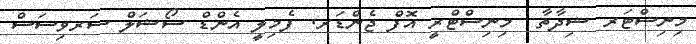
މިނިސްޓަރ ޝިދާތާ  މިނިސްޓްރީ އޮފް ޖެންޑަރ